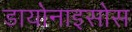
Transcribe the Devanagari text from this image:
डायोनाइसोस